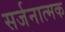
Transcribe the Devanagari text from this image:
सर्जनात्‍मक